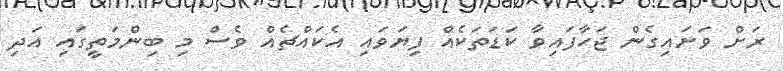
ރަށް ވަށައިގެން ޖަހާފައިވާ ކަޑަތަކެއް ފިޔަވައި އެކައްޗެއް ވެސް މި ބިންމަތީގައި އަދި